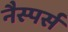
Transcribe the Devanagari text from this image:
नैस्पर्स